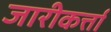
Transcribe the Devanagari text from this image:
जारीकर्त्ता